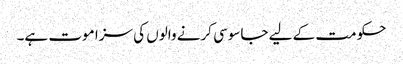
حکومت کے لیے جاسوسی کرنے والوں کی سزا موت ہے۔